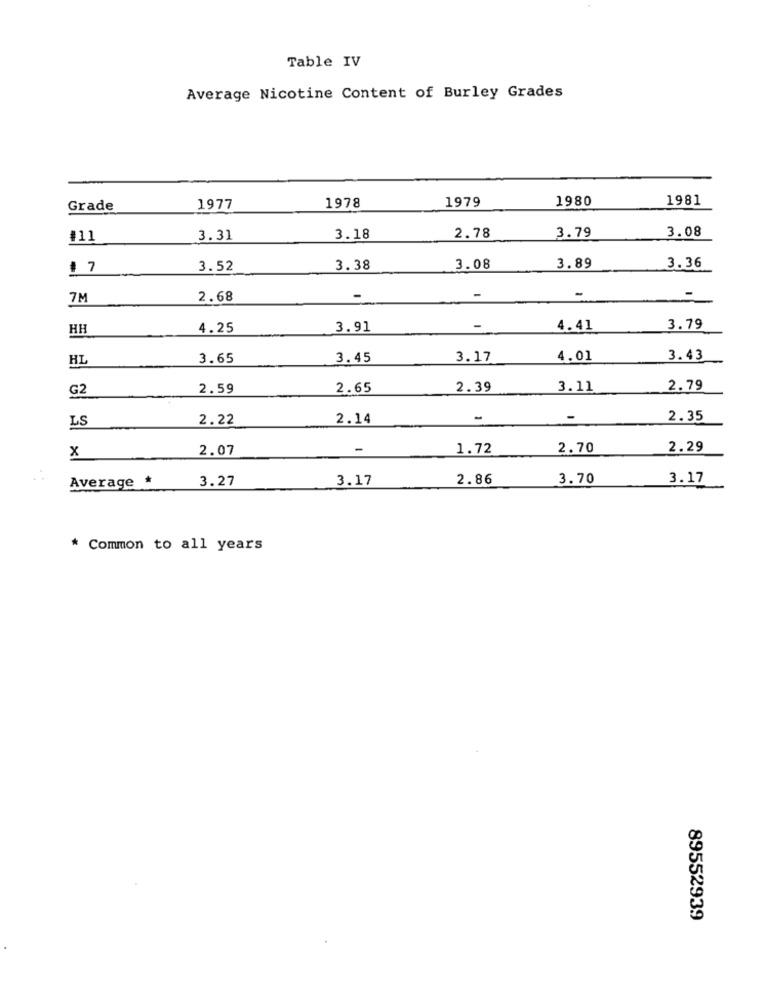
Table IV
Average Nicotine Content of Burley Grades
1979
1980
1981
Grade
1977
1978
3.79
3.08
#11
3.31
3.18
2.78
1 7
3.52
3.38
3.08
3.89
3.36
7M
2.68
-
-
HH
4.25
3.91
-
4.41
3.79
HL
3.65
3.45
3.17
4.01
3.43
G2
2.59
2.65
2.39
3.11
2.79
2.22
2.14
-
-
2.35
LS
2.07
1.72
2.70
2.29
x
Average *
3.27
3.17
2.86
3.70
3.17
* Common to all years
89552939